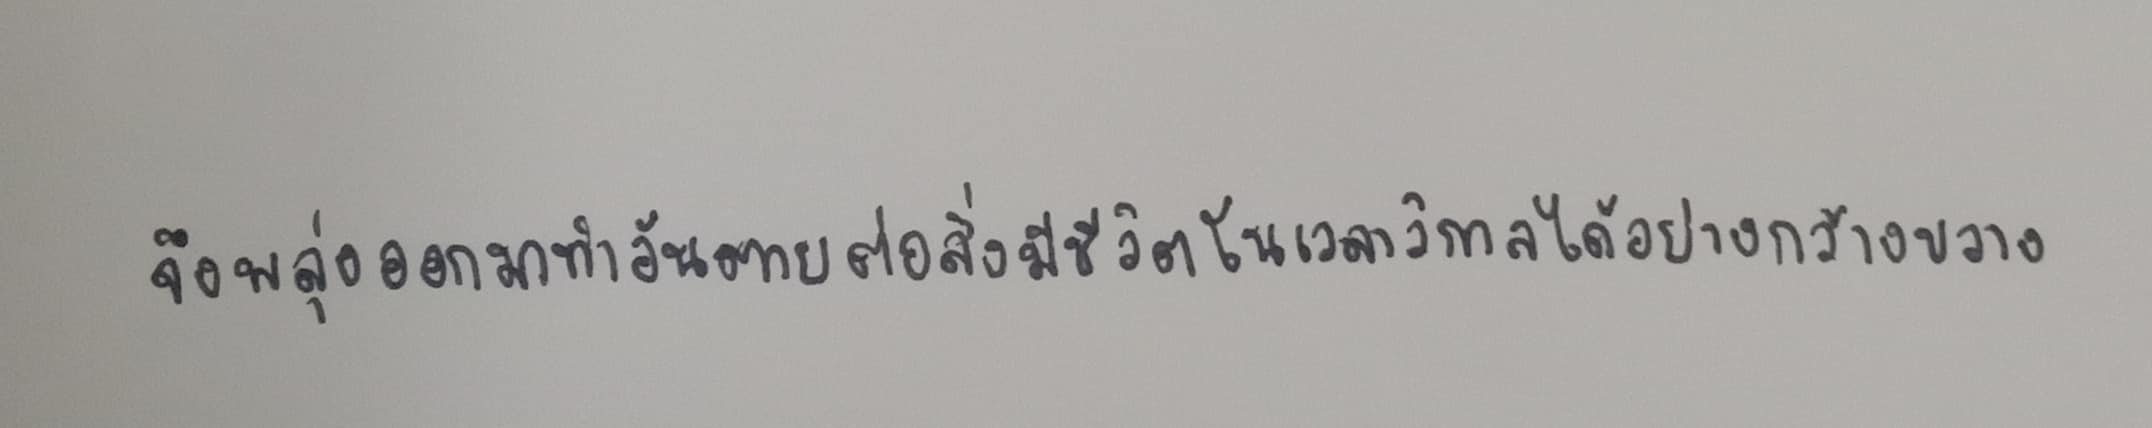
จึงพลุ่งออกมาทำอันตายต่อสิ่งมีชีวิตในเวลาวิกาลได้อย่างกว้างขวาง